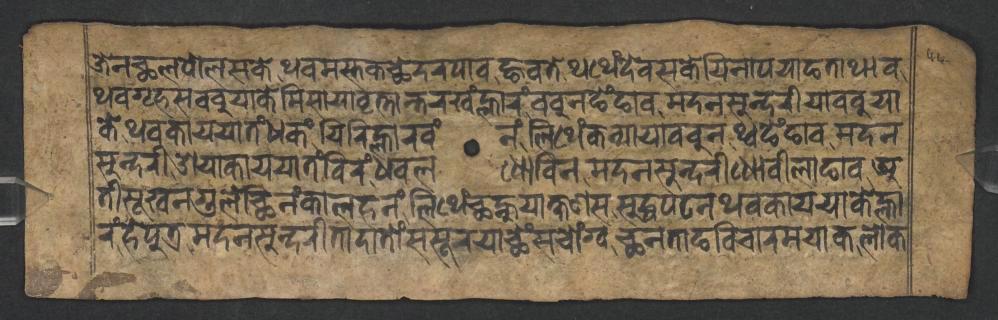
𑐖𑐾𑐣𑐕𑐮𑐥𑑀𑐮𑐳𑐎𑐾𑐠𑐰𑐩𑐳𑑂𑐟𑐎𑐕𑐾𑐡𑐬𑐥𑐵𑐰𑐒𑑂𑐴𑐰𑐟𑐾𑐠𑐠𑐾𑑄𑐡𑐾𑐰𑐳𑐎𑐾𑐫𑐶𑐣𑐵𑐥𑐫𑐵𑐒𑐟𑐵𑐠𑐵𑐰 𑐠𑐰𑐐𑐺𑐴𑐳𑐧𑐧𑐸𑐫𑐵𑐎𑐾𑐩𑐶𑐳𑐵𑐫𑐵𑐰𑐺𑐟𑑂𑐟𑐵𑐣𑑂𑐟𑐬𑐏𑑄𑐮𑑂𑐴𑐵𑐬𑑄𑐧𑐧𑐸𑐣𑐒𑐾𑑄𑐒𑐵𑐰𑐩𑐡𑐣𑐳𑐸𑐣𑑂𑐡𑐬𑐷𑐫𑐵𑐧𑐧𑐸𑐫𑐵 𑐎𑐾𑐠𑐰𑐎𑐵𑐫𑐫𑐵𑐟𑑄𑐢𑐎𑑄𑐫𑐶𑐬𑐶𑐮𑑂𑐴𑐵𑐬𑐰𑑄𑐣𑑄𑐮𑐶𑐠𑐾𑑄𑐎𑐣𑑂𑐫𑐵𑐫𑐵𑐧𑐧𑐸𑐣𑐠𑑂𑐰𑐒𑐾𑑄𑐒𑐵𑐰𑐩𑐡𑐣 𑐳𑐸𑐣𑑂𑐡𑐬𑐷𑐌𑐫𑐵𑐎𑐵𑐫𑐫𑐵𑐟𑑄𑐧𑐶𑐬𑑄𑐢𑐰𑐮𑐢𑑀𑐧𑐶𑐣𑐩𑐡𑐣𑐳𑐸𑐣𑑂𑐡𑐬𑐷𑐢𑑀𑐧𑐷𑐮𑐵𑐒𑐵𑐰𑐀 𑐟𑐷𑐳𑐹𑐏𑐣𑐐𑐸𑐮𑐾𑐕𑐶𑐣𑑄𑐎𑐵𑐮𑐴𑐣𑑄𑐮𑐶𑐠𑐾𑑄𑐕𑐣𑑂𑐴𑐸𑐫𑐵𑐎𑑂𑐲𑐞𑐳𑐳𑐸𑐡𑑂𑐢𑐥𑐚𑐣𑐠𑐰𑐎𑐵𑐫𑐫𑐵𑐎𑐾𑐮𑑂𑐴𑐵 𑐬𑑄𑐴𑐾𑐥𑐸𑐟𑑂𑐬𑐩𑐡𑐣𑐳𑐸𑐣𑑂𑐡𑐬𑐷𑐟𑐵𑐡𑐵𑐟𑑀𑑄𑐳𑐳𑐹𑐬𑐫𑐵𑐕𑐾𑑄𑐳𑐔𑑀𑑄𑐐𑑂𑐰𑐕𑐣𑐟𑐵𑐒𑐰𑐶𑐔𑐵𑐬𑐩𑐫𑐵𑐎𑐮𑑀𑐎